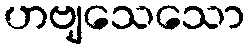
ဟဗျသေသော